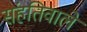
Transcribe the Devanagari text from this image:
संहतिवाले